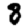
Digit: 8